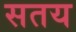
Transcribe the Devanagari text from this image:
सतय